Memorandum on the prevention of leprosy by segregation of the affected
Disease focus: Leprosy
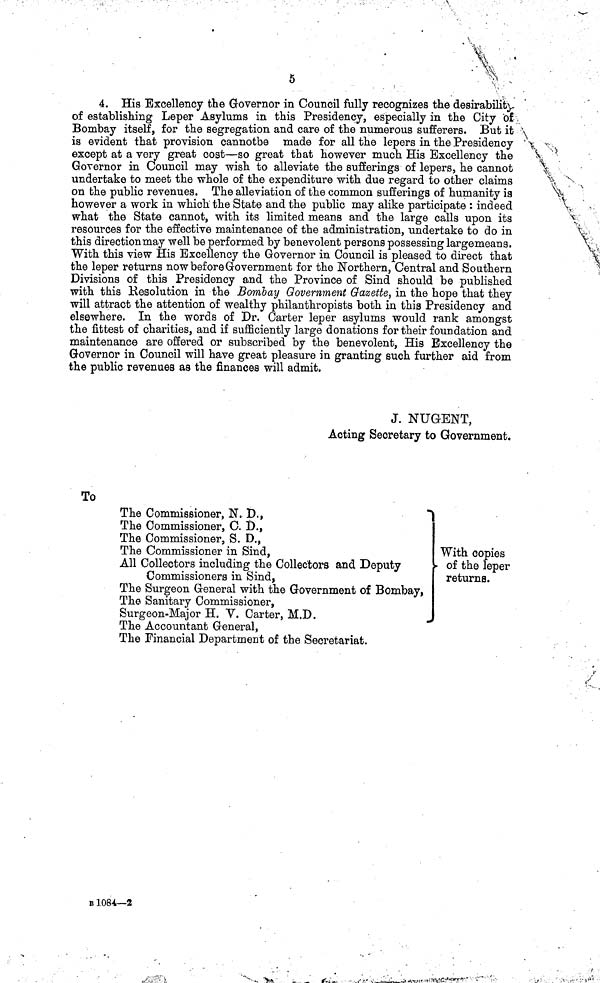
5
4. His Excellency the Governor in Council fully recognizes the desirabilit
of establishing Leper Asylums in this Presidency, especially in the City of
Bombay itself, for the segregation and care of the numerous sufferers. But it
is evident that provision cannotbe made for all the lepers in the Presidency
except at a very great cost—so great that however much His Excellency the
Governor in Council may wish to alleviate the sufferings of lepers, he cannot
undertake to meet the whole of the expenditure with due regard to other claims
on the public revenues. The alleviation of the common sufferings of humanity is
however a work in which the State and the public may alike participate : indeed
what the State cannot, with its limited means and the large calls upon its
resources for the effective maintenance of the administration, undertake to do in
this direction may well be performed by benevolent persons possessing largemeans.
With this view His Excellency the Governor in Council is pleased to direct that
the leper returns now before Government for the Northern, Central and Southern
Divisions of this Presidency and the Province of Sind should be published
with this Resolution in the Bombay Government Gazette, in the hope that they
will attract the attention of wealthy philanthropists both in this Presidency and
elsewhere. In the words of Dr. Carter leper asylums would rank amongst
the fittest of charities, and if sufficiently large donations for their foundation and
maintenance are offered or subscribed by the benevolent, His Excellency the
Governor in Council will have great pleasure in granting such further aid from
the public revenues as the finances will admit.
J. NUGENT,
Acting Secretary to Government.
To
The Commissioner, N. D.,
The Commissioner, C. D.,
The Commissioner, S. D.,
The Commissioner in Sind,
All Collectors including the Collectors and Deputy
Commissioners in Sind,
The Surgeon General with the Government of Bombay,
The Sanitary Commissioner,
Surgeon-Major H. Y. Carter, M.D.
The Accountant General,
The Financial Department of the Secretariat.
With copies
• of the leper
returns.